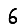
Digit: 6